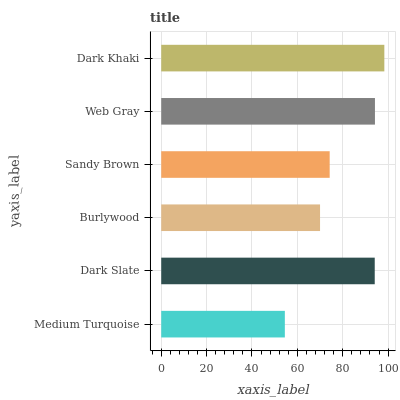
| yaxis_label | bars |
 | --- | --- |
 | Medium Turquoise | 54.5 |
 | Dark Slate | 94.1 |
 | Burlywood | 70 |
 | Sandy Brown | 74.3 |
 | Web Gray | 94.2 |
 | Dark Khaki | 98.3 |